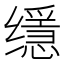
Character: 𦈠